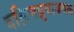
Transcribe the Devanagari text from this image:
दक्षिणध्रुवाजवळ